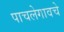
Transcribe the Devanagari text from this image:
पाचलेगावचे